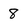
Character: 8